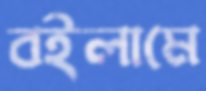
বইলামে